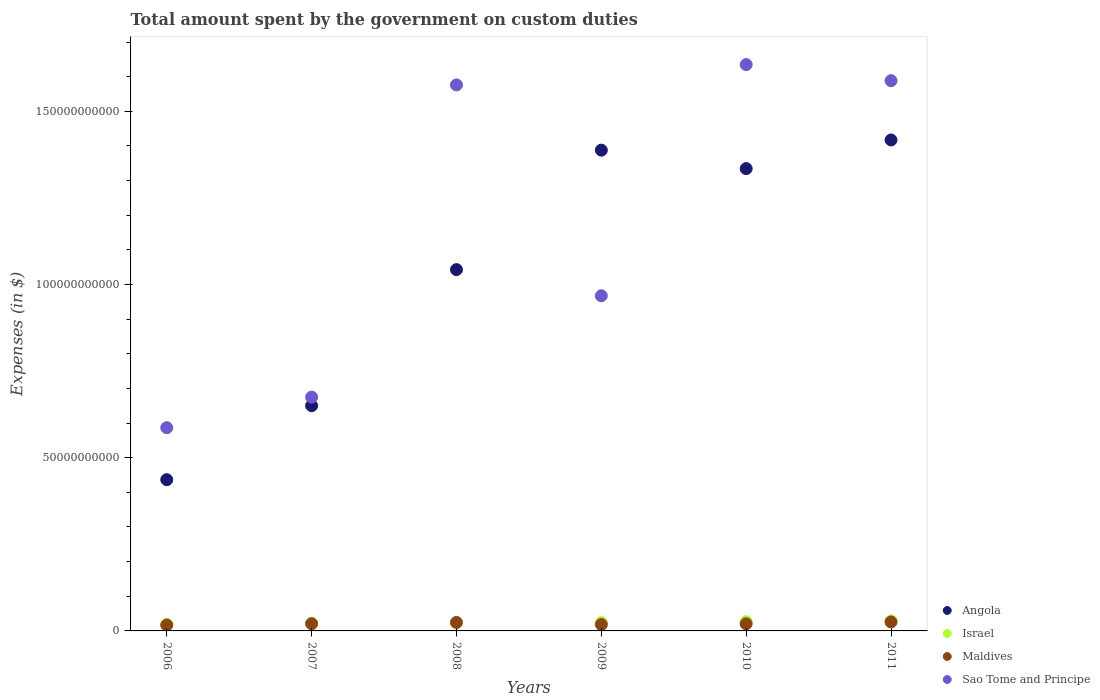
| Years | Angola | Israel | Maldives | Sao Tome and Principe |
 | --- | --- | --- | --- | --- |
 | 2006 | 4.37e+10 | 1.89e+09 | 1.68e+09 | 5.87e+10 |
 | 2007 | 6.5e+10 | 2.22e+09 | 2.09e+09 | 6.75e+10 |
 | 2008 | 1.04e+11 | 2.38e+09 | 2.45e+09 | 1.58e+11 |
 | 2009 | 1.39e+11 | 2.4e+09 | 1.85e+09 | 9.67e+10 |
 | 2010 | 1.33e+11 | 2.69e+09 | 2.06e+09 | 1.63e+11 |
 | 2011 | 1.42e+11 | 2.91e+09 | 2.59e+09 | 1.59e+11 |